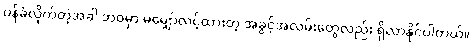
ဝန်ခံလိုက်တဲ့အခါ ဘဝမှာ မမျှော်လင့်ထားတဲ့ အခွင့်အလမ်းတွေလည်း ရှိလာနိုင်ပါတယ်။